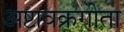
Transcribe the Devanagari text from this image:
अष्टावक्रगीता